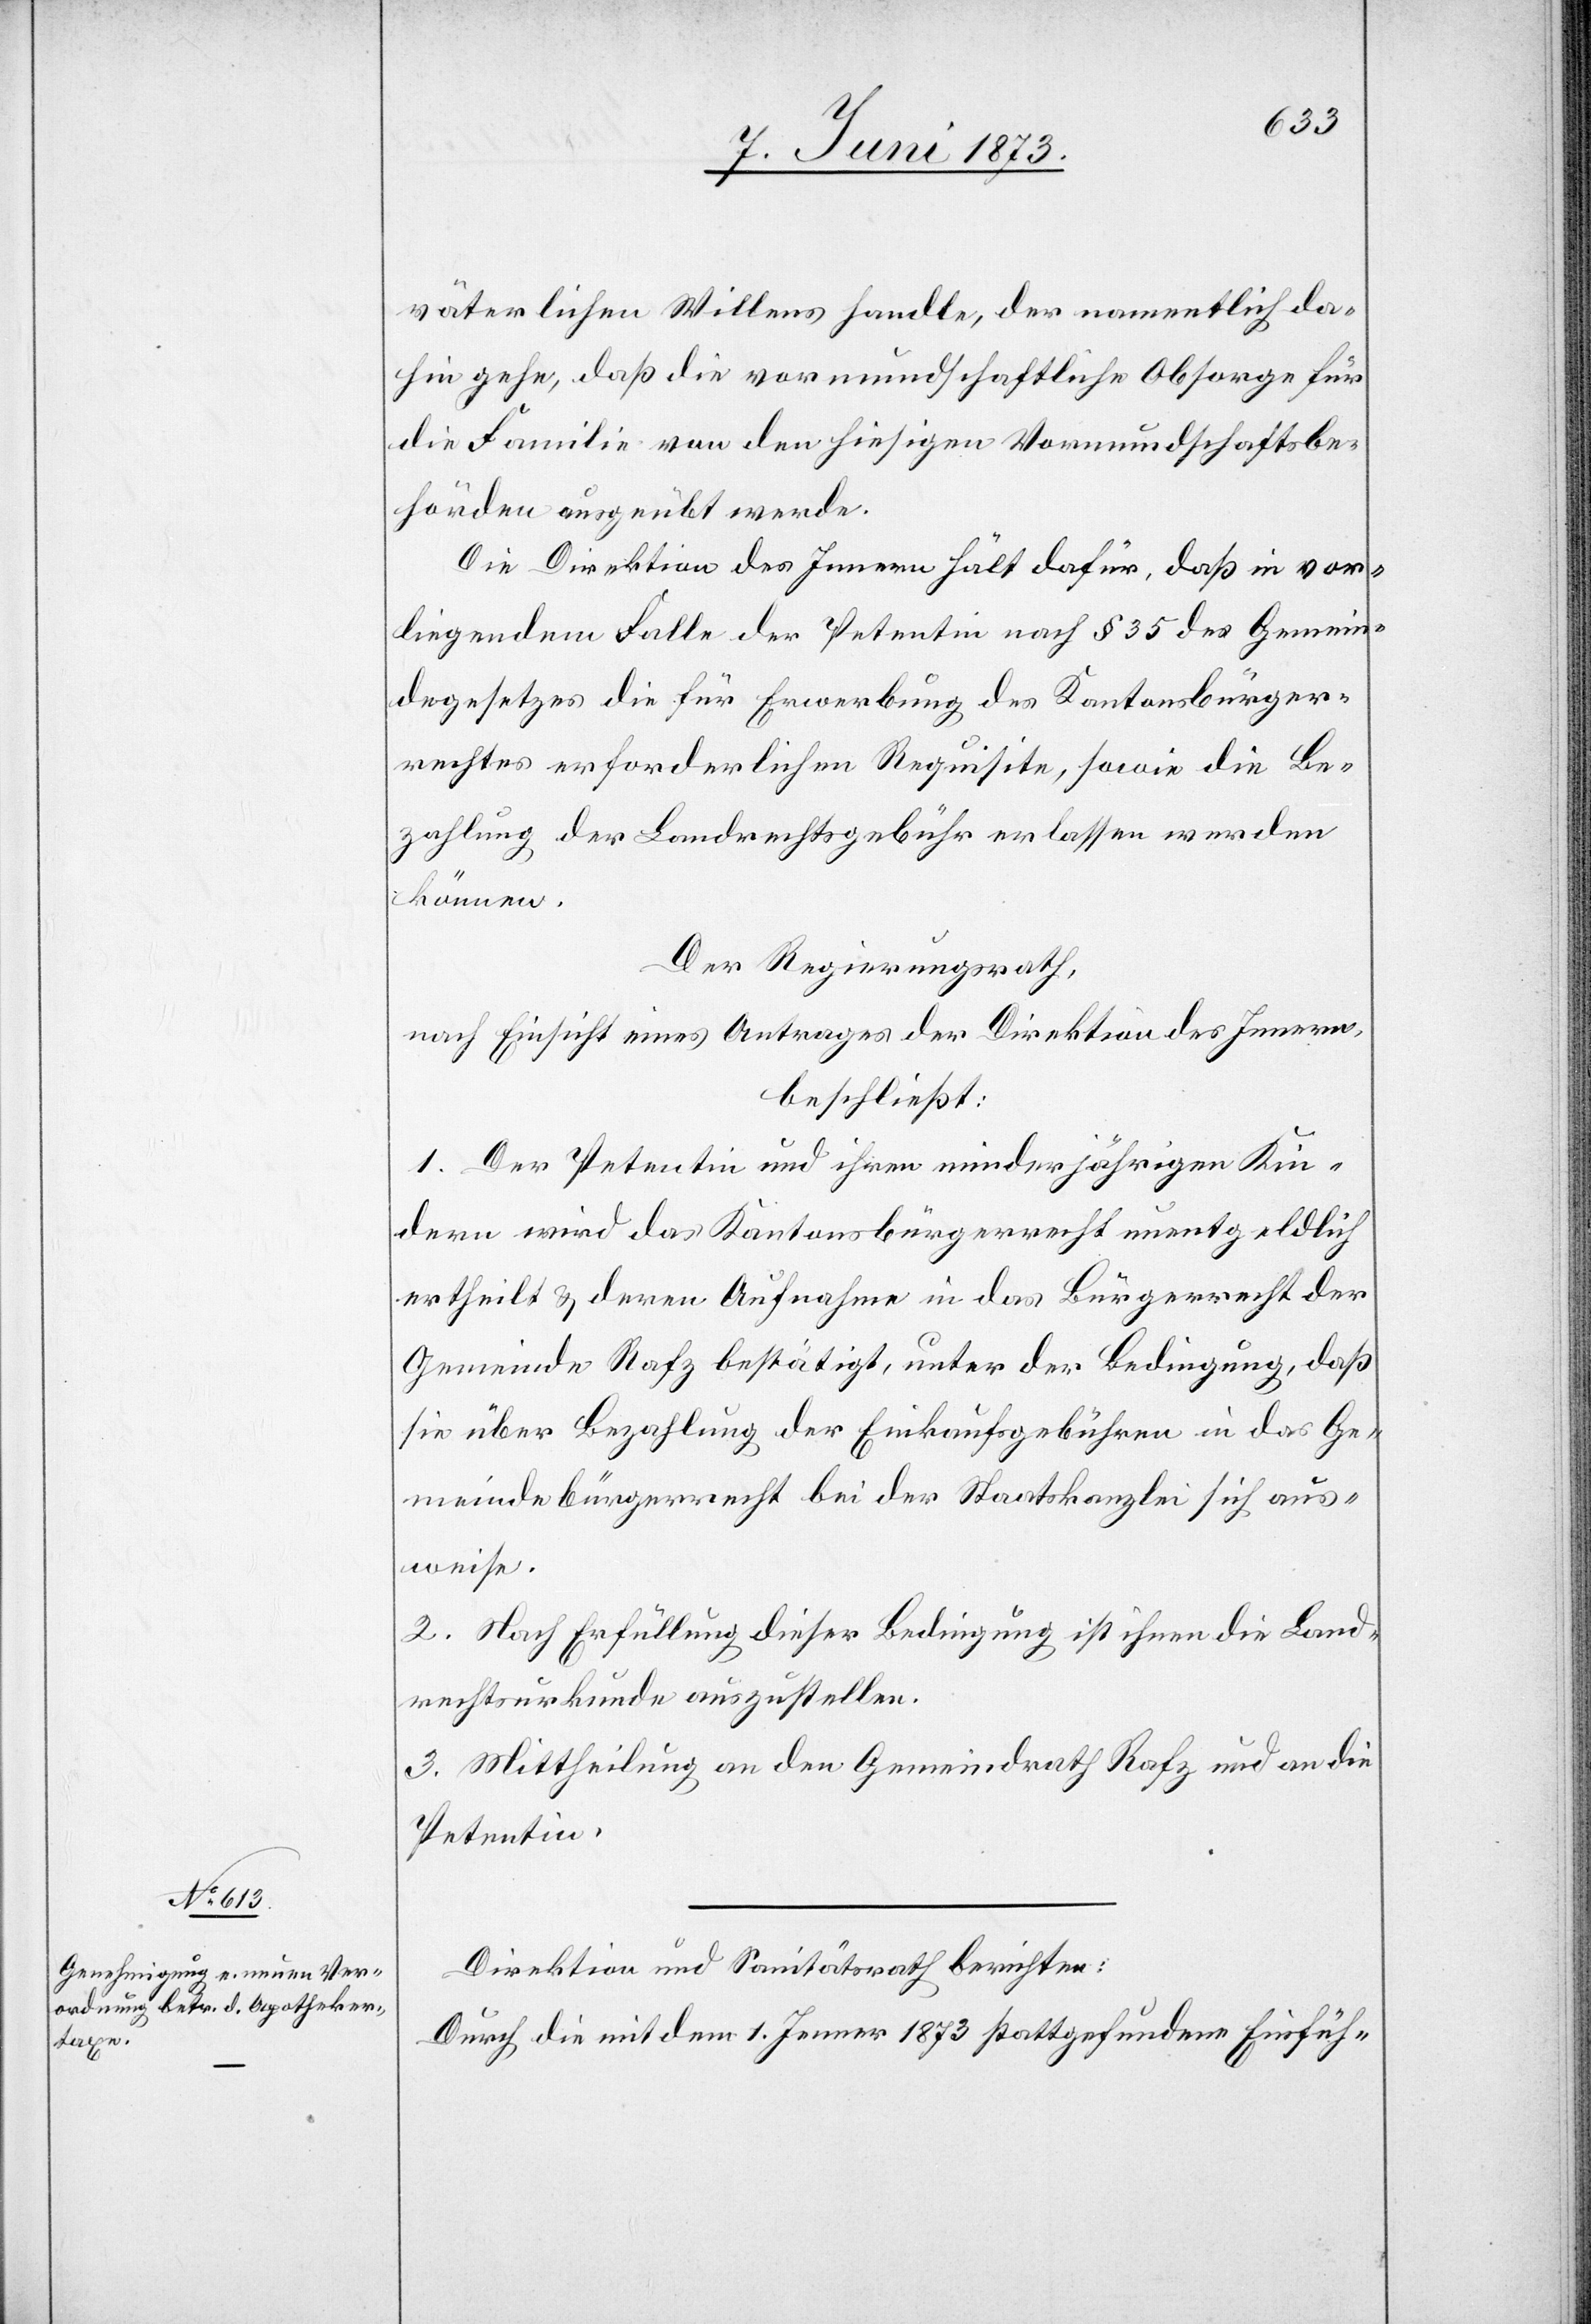
väterlichen Willens handle, der namentlich da¬
hin gehe, daß die vormundschaftliche Obsorge für
die Familie von den hiesigen Vormundschaftsbe¬
hörden ausgeübt werde.
Die Direktion des Innern hält dafür, daß in vor¬
liegendem Falle der Petentin nach § 35 des Gemein¬
degesetzes die für Erwerbung des Kantonsbürger¬
rechtes erforderlichen Requisite, sowie die Be¬
zahlung der Landrechtsgebühr erlassen werden
können.
Der Regierungsrath,
nach Einsicht eines Antrages der Direktion des Innern,
beschließt:
1. Der Petentin und ihren minderjährigen Kin¬
dern wird das Kantonsbürgerrecht unentgeldlich
ertheilt & deren Aufnahme in das Bürgerrecht der
Gemeinde Rafz bestätigt, unter der Bedingung, daß
sie über Bezahlung der Einkaufsgebühren in das Ge¬
meindebürgerrecht bei der Staatskanzlei sich aus¬
weise.
2. Nach Erfüllung dieser Bedingung ist ihnen die Land¬
rechtsurkunde auszustellen.
3. Mittheilung an den Gemeindrath Rafz und an die
Petentin.
Direktion und Sanitätsrath berichten:
Durch die mit dem 1. Jenner 1873 stattgefundene Einfüh-